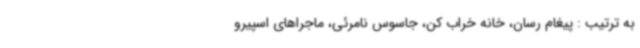
به ترتیب : پیغام رسان، خانه خراب کن، جاسوس نامرئی، ماجراهای اسپیرو